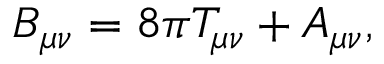
B _ { \mu \nu } = 8 \pi T _ { \mu \nu } + A _ { \mu \nu } ,